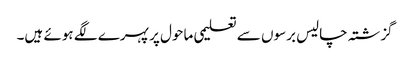
گزشتہ چالیس برسوں سے تعلیمی ماحول پر پہرے لگے ہوئے ہیں۔